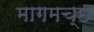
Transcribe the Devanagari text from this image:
मागमच्छ